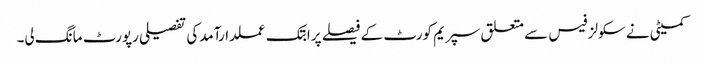
کمیٹی نے سکولز فیس سے متعلق سپریم کورٹ کے فیصلے پرابتک عملدارآمدکی تفصیلی رپورٹ مانگ لی۔